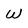
Character: W